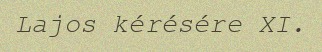
Lajos kérésére XI.